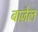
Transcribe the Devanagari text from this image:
बाज़ेल